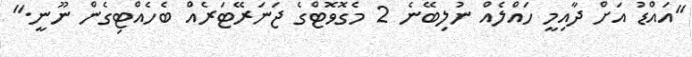
"އައްޑު އަށް ދާއިމީ ހައްލެއް ނުލިބޭނެ 2 މެގޮވޮޓްގެ ޖަނަރޭޓަރެއް ބެހެއްޓިގެން ނޫނީ."